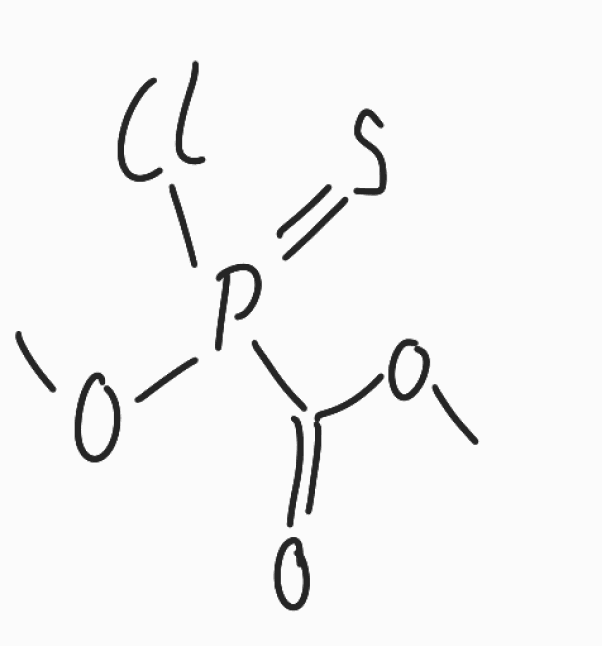
Simplified molecular-input line-entry system (SMILES) notation of the given molecule:
COC(=O)P(=S)(OC)Cl